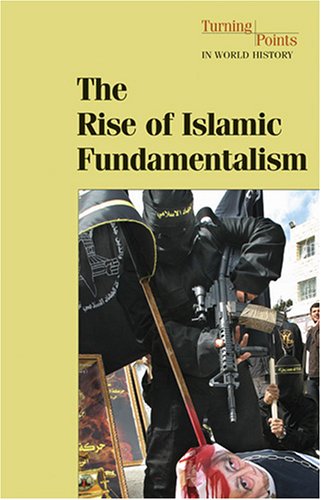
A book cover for The Rise of Islamic Fundamentalism (Turning Points in World History); Philip Margulies; Teen & Young Adult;